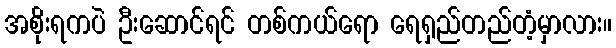
အစိုးရကပဲ ဦးဆောင်ရင် တစ်ကယ်ရော ရေရှည်တည်တံ့မှာလား။